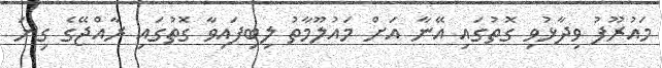
މައުރޫފު ވިދާޅުވި ގޮތުގައި އޭނާ އަށް މައުލޫމާތު ލިބިފައިވާ ގޮތުގައި ރާއްޖޭގެ ގިނަ